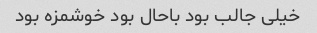
خیلی جالب بود باحال بود خوشمزه بود